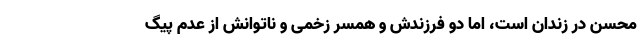
محسن در زندان است، اما دو فرزندش و همسر زخمی و ناتوانش از عدم پیگ